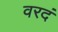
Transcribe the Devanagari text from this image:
वरदं